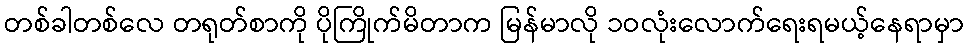
တစ်ခါတစ်လေ တရုတ်စာကို ပိုကြိုက်မိတာက မြန်မာလို ၁ဝလုံးလောက်ရေးရမယ့်နေရာမှာ